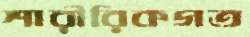
শারীরিকগত